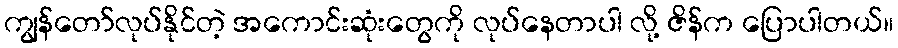
ကျွန်တော်လုပ်နိုင်တဲ့ အကောင်းဆုံးတွေကို လုပ်နေတာပါ လို့ ဇိန်က ပြောပါတယ်။